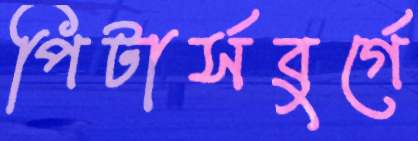
পিটার্সবুর্গে